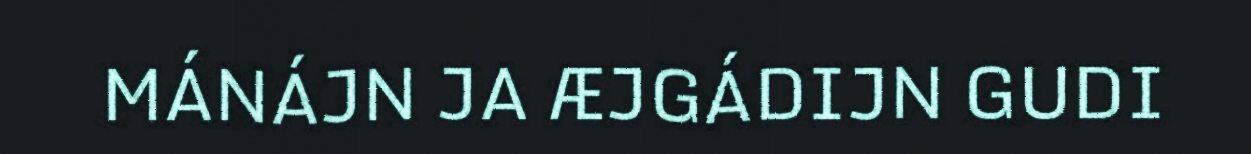
MÁNÁJN JA ÆJGÁDIJN GUDI